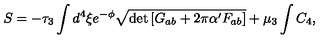
S = - \tau _ { 3 } \int d ^ { 4 } \xi e ^ { - \phi } \sqrt { \det \left[ G _ { a b } + 2 \pi \alpha ^ { \prime } F _ { a b } \right] } + \mu _ { 3 } \int C _ { 4 } ,